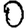
Digit: 0